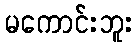
မကောင်းဘူး